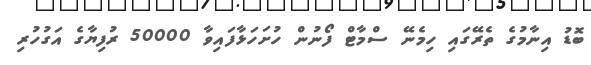
ބޮޑު އިނާމުގެ ތެރޭގައި ހިމެނޭ ސްމާޓް ފޯނުން ހުށަހަޅާފައިވާ 50000 ރުފިޔާގެ އަގުހުރި